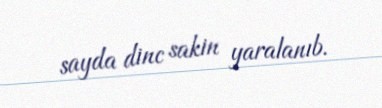
sayda dinc sakin yaralanıb.